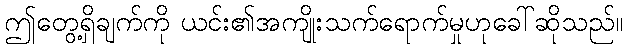
ဤတွေ့ရှိချက်ကို ယင်း၏အကျိုးသက်ရောက်မှုဟုခေါ်ဆိုသည်။